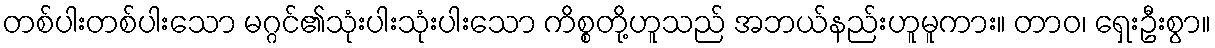
တစ်ပါးတစ်ပါးသော မဂ္ဂင်၏သုံးပါးသုံးပါးသော ကိစ္စတို့ဟူသည် အဘယ်နည်းဟူမူကား။ တာဝ၊ ရှေးဦးစွာ။